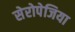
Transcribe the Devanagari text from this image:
सेरोपेजिया